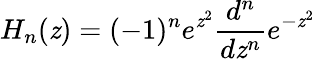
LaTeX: H_{n}(\mathit{z})=(-1)^{n}e^{\mathit{z}^{2}}\frac{{d^{n}}}{{d\mathit{z}^{n}}}e^{-\mathit{z}^{2}}